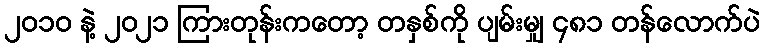
၂၀၁၀ နဲ့ ၂၀၂၁ ကြားတုန်းကတော့ တနှစ်ကို ပျမ်းမျှ ၄၈၁ တန်လောက်ပဲ